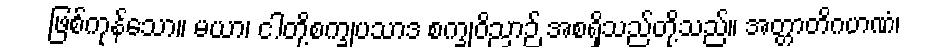
ဖြစ်ကုန်သော။ မယာ၊ ငါတို့စက္ခုပသာဒ စက္ခုဝိညာဉ် အစရှိသည်တို့သည်။ အတ္တာတိဂဟဏံ၊